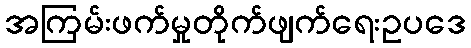
အကြမ်းဖက်မှုတိုက်ဖျက်ရေးဥပဒေ